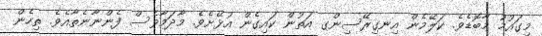
މިގައުމު މާބޮޑެވެ. ކަލޭމެން އިނގިރޭސިންގ އަތުން ކައިގެން އުޅޭށެވެ. މާދަމާވެސް ފެންނާނެތާއެވެ. ތިހެން